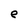
Character: e